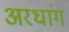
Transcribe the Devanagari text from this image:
अरधांग